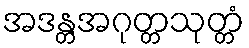
အဒန္တအဂုတ္တသုတ္တံ